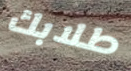
طلابك